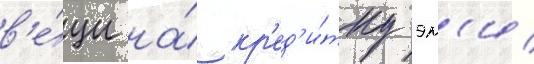
в'е́щи на́ кр'ед'и́тку эм'и